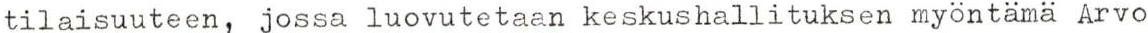
tilaisuuteen, jossa luovutetaan keskushallituksen myöntämä Arvo